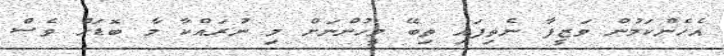
އެހެންކަމުން ވަޒީފާ ނެތިފައި ތިބޭ މީހުންނަށް މި ނުރައްކާ މާ ބޮޑަށް ވެސް